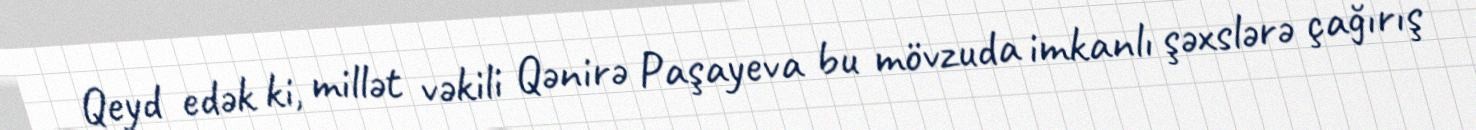
Qeyd edək ki, millət vəkili Qənirə Paşayeva bu mövzuda imkanlı şəxslərə çağırış